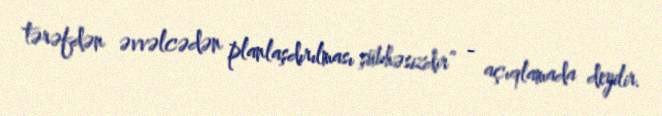
tərəfdən əvvəlcədən planlaşdırılması şübhəsizdir” - açıqlamada deyilir.